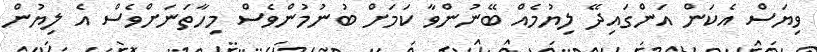
ވިޔަސް އެކަން އަންގައިިދޭ ލިޔުމެއް ބޭނުންވާ ކަމަށް ބުނުމުންވެސް މިހާތަނަށްވެސް އެ ލިޔުން